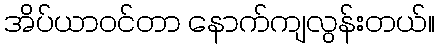
အိပ်ယာဝင်တာ နောက်ကျလွန်းတယ်။